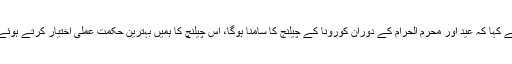
ڈاکٹر ظفر مرزا نے کہا کہ عید اور محرم الحرام کے دوران کورونا کے چیلنج کا سامنا ہوگا، اس چیلنچ کا ہمیں بہترین حکمت عملی اختیار کرتے ہوئے مقابلہ کرنا ہو گا۔